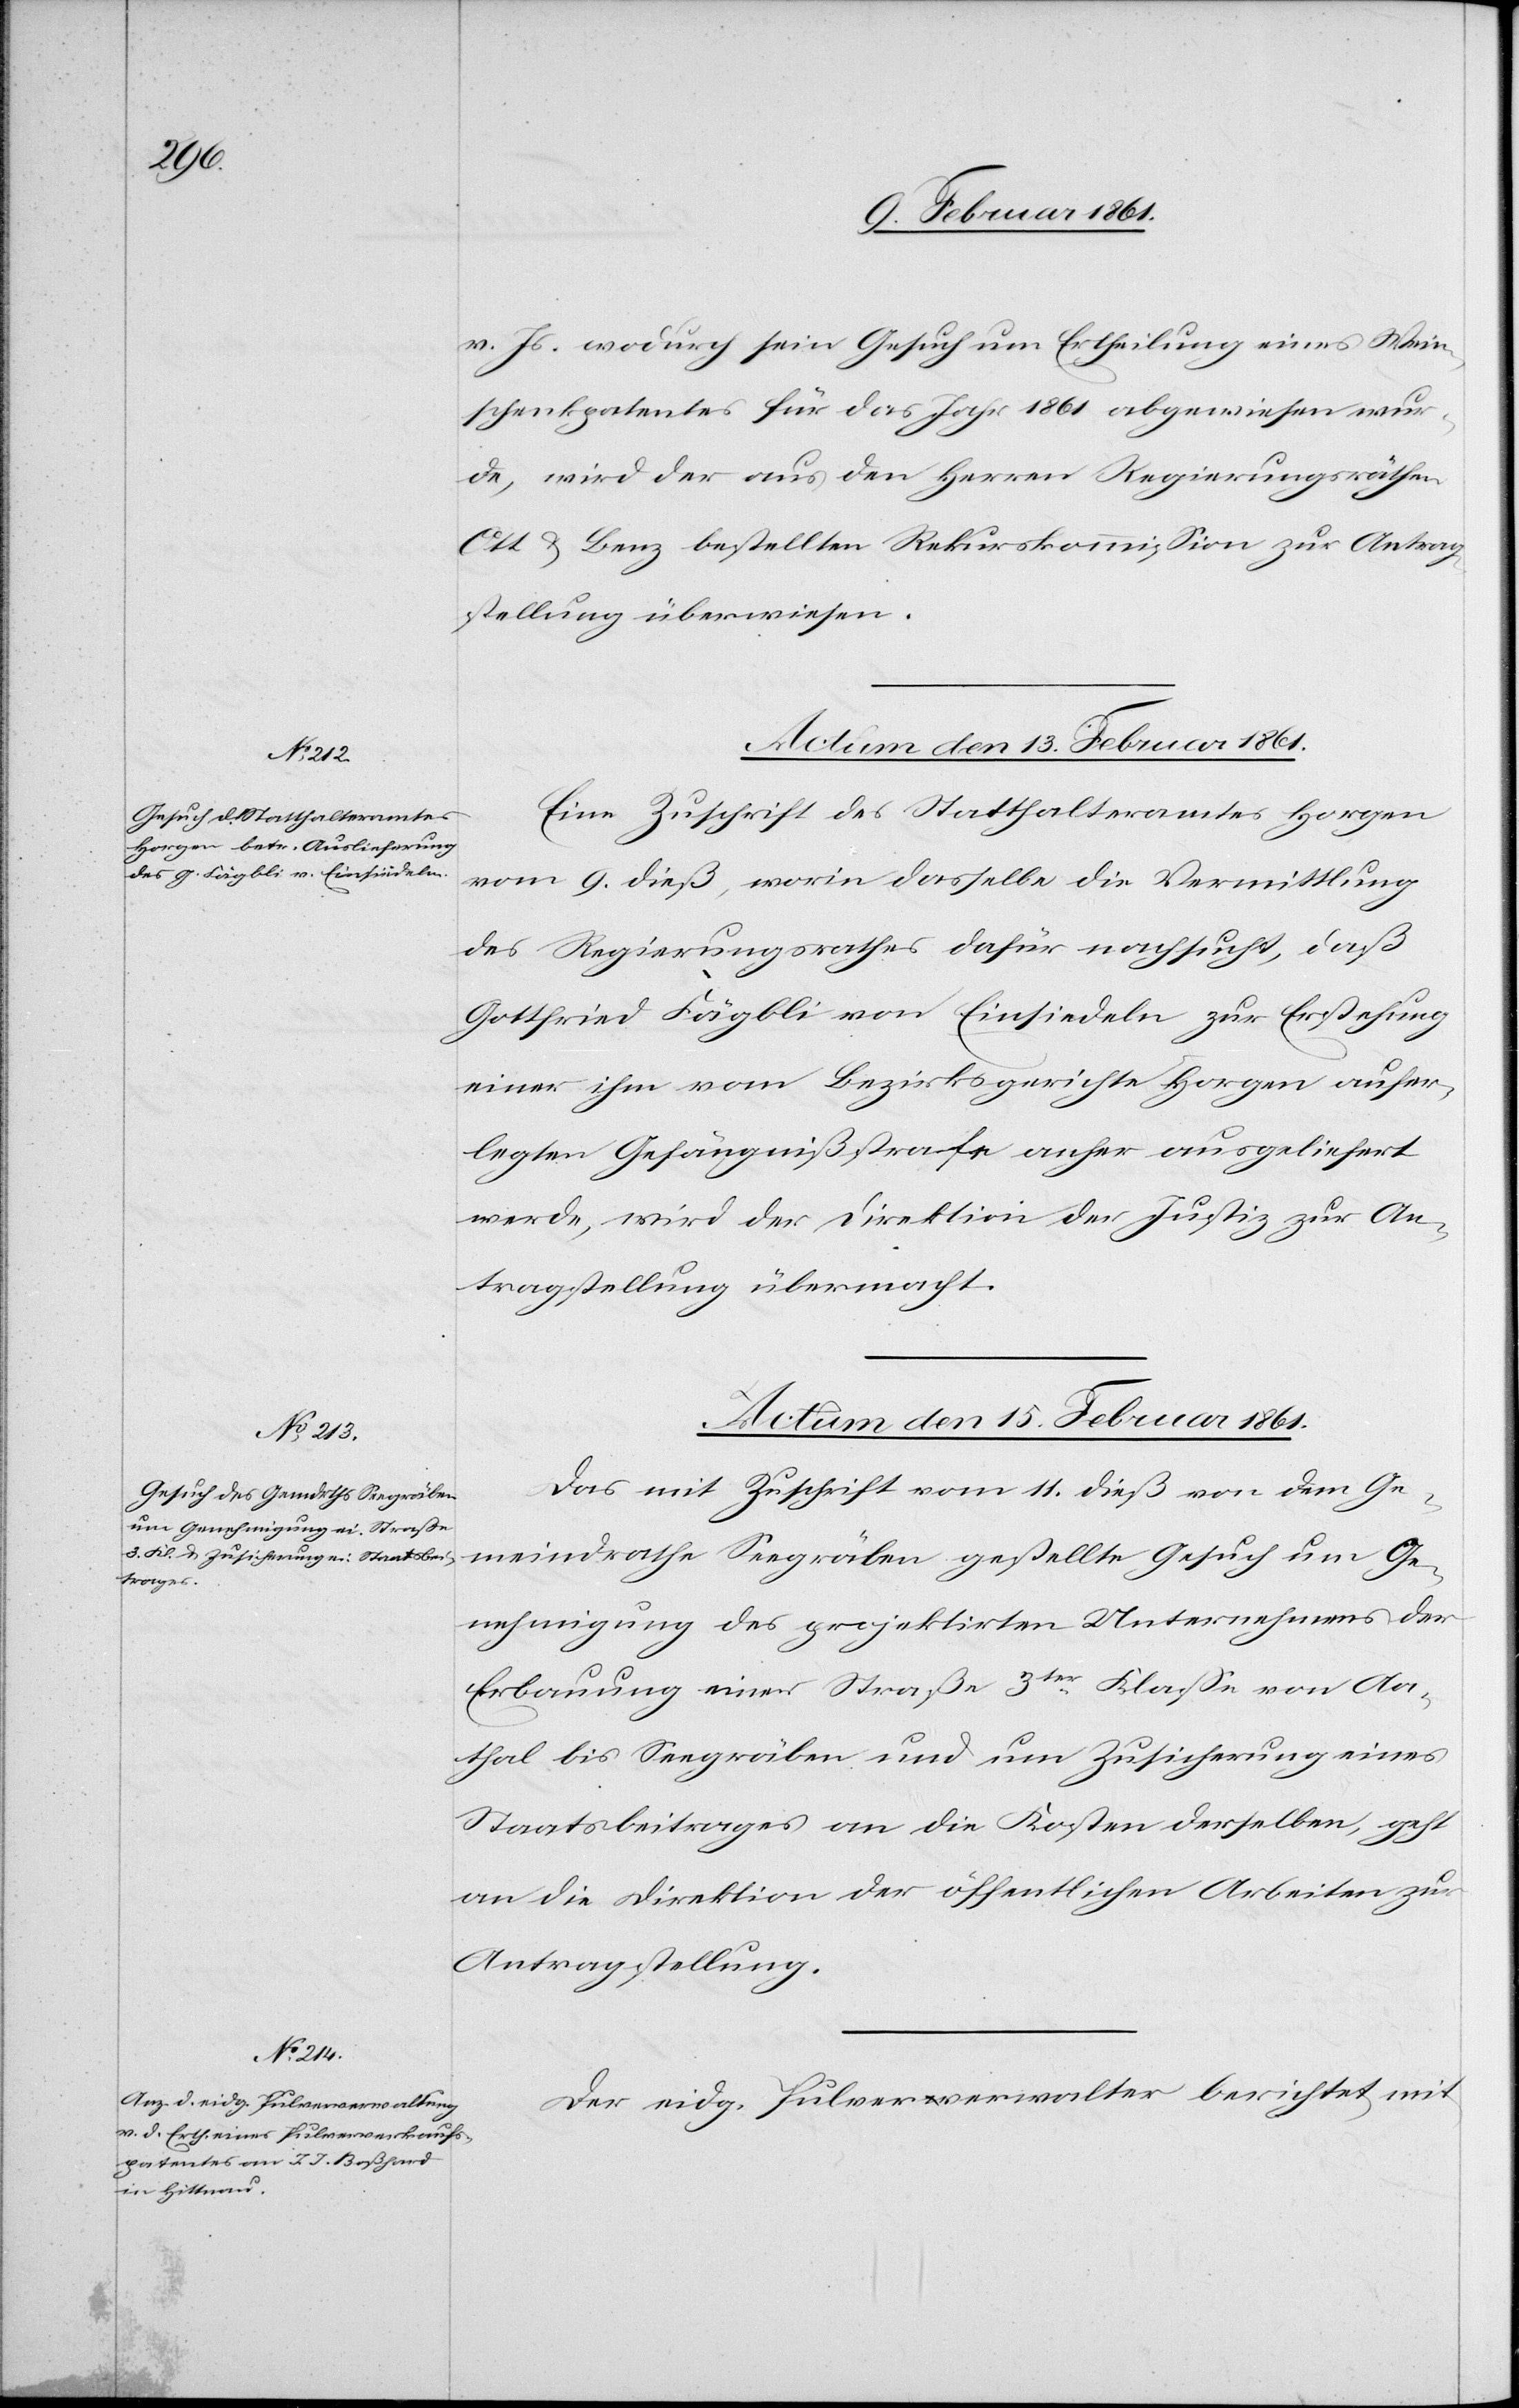
v. Js. wodurch sein Gesuch um Ertheilung eines Wein¬
schenkpatentes für das Jahr 1861 abgewiesen wur¬
de, wird der aus den Herren Regierungsräthen
Ott u. Benz bestellten Rekurskommission zur Antrag¬
stellung überwiesen.
Actum den 13. Februar 1861.
Eine Zuschrift des Statthalteramtes Horgen
vom 9. dieß, worin dasselbe die Vermittlung
des Regierungsrathes dafür nachsucht, daß
Gottfried Fägbli von Einsiedeln zur Erstehung
einer ihm vom Bezirksgerichte Horgen aufer¬
legten Gefängnißstrafe anher ausgeliefert
werde, wird der Direktion der Justiz zur An¬
tragstellung übermacht.
Actum den 15. Februar 1861]
Das mit Zuschrift vom 14. dieß von dem Ge¬
meindrathe Seegräben gestellte Gesuch um Ge¬
nehmigung des projektirten Unternehmens der
Erbauung einer Straße 3ter Klasse von Aa¬
thal bis Seegräben und um Zusicherung eines
Staatsbeitrages an die Kosten derselben, geht
an die Direktion der öffentlichen Arbeiten zur
Antragstellung.
Der eidg. Pulververwalter berichtet mit